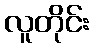
လူတိုင်း